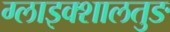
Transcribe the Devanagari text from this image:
ग्लाइक्शालतुङ